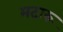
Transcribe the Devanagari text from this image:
मटारू